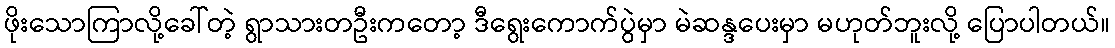
ဖိုးသောကြာလို့ခေါ်တဲ့ ရွာသားတဦးကတော့ ဒီရွေးကောက်ပွဲမှာ မဲဆန္ဒပေးမှာ မဟုတ်ဘူးလို့ ပြောပါတယ်။